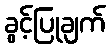
ခွင့်ပြုချက်